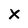
Character: X